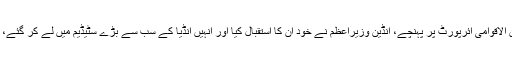
امریکی صدر جیسے ہی احمد آباد کے بین الاقوامی ائرپورٹ پر پہنچے، انڈین وزیراعظم نے خود ان کا استقبال کیا اور انہیں انڈیا کے سب سے بڑے سٹیڈیم میں لے کر گئے، جہاں ایک لاکھ لوگ ان کے منتظر تھے۔